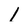
Character: 1